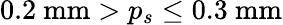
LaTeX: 0.2~\textrm{mm}>p_{s}\leq 0.3~\textrm{mm}